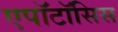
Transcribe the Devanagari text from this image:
एपॉटॉसिस